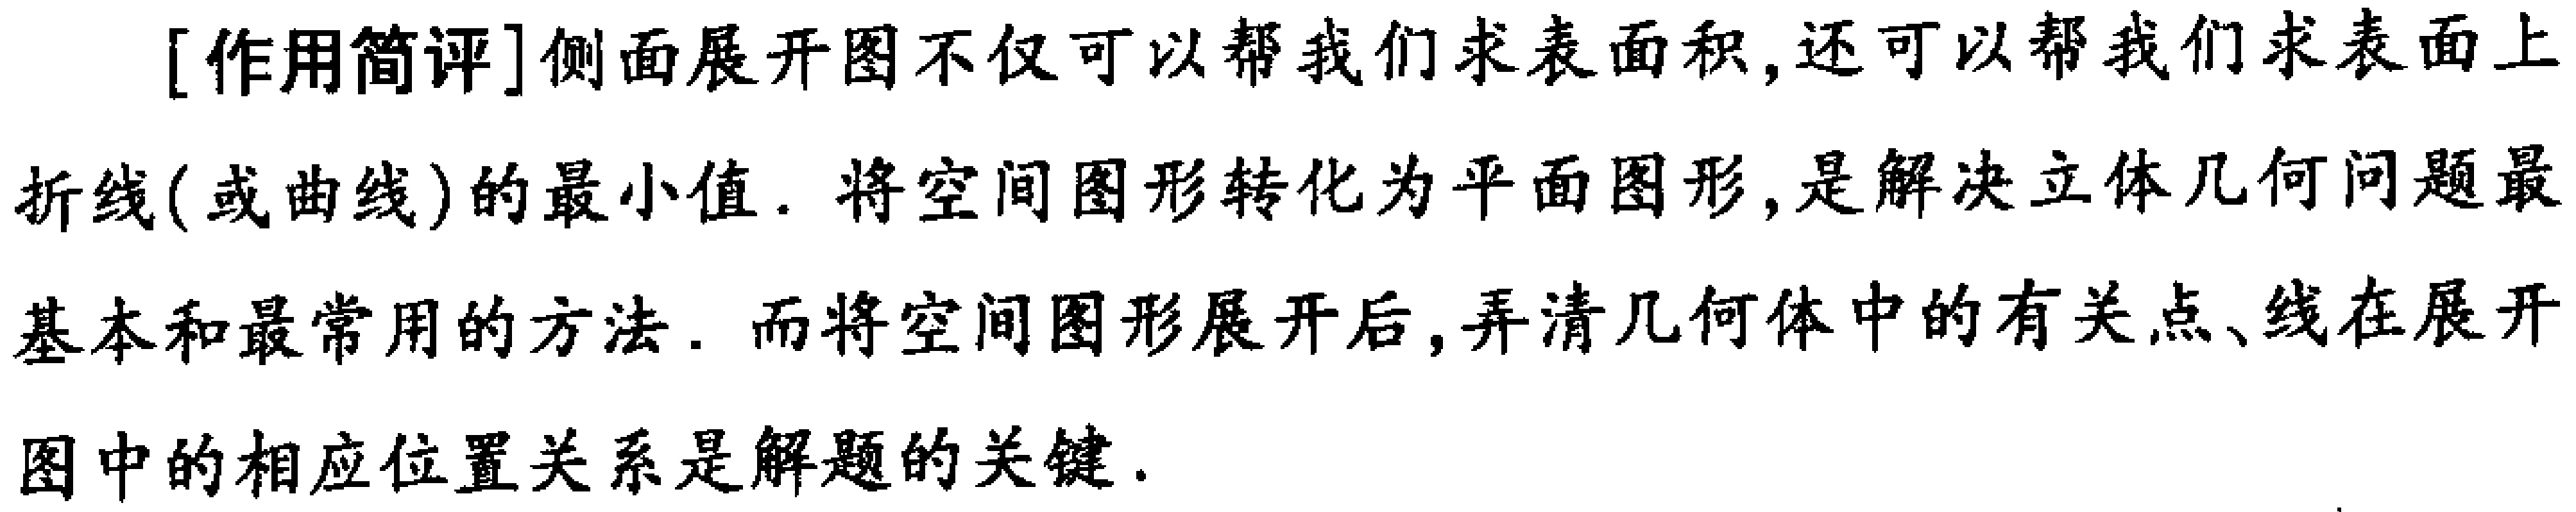
[作用简评]侧面展开图不仅可以帮我们求表面积,还可以帮我们求表面上折线(或曲线)的最小值. 将空间图形转化为平面图形,是解决立体几何问题最基本和最常用的方法. 而将空间图形展开后,弄清几何体中的有关点、线在展开图中的相应位置关系是解题的关键.